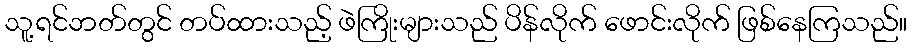
သူ့ရင်ဘတ်တွင် တပ်ထားသည့် ဖဲကြိုးများသည် ပိန်လိုက် ဖောင်းလိုက် ဖြစ်နေကြသည်။